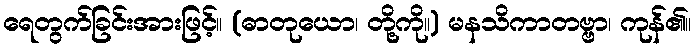
ရေတွက်ခြင်းအားဖြင့်။ (ဓာတုယော၊ တို့ကို။) မနသိကာတဗ္ဗာ၊ ကုန်၏။